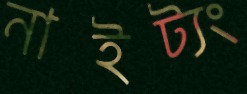
নাইট্যং